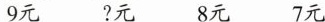
9元 ?元 8元 7元